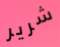
شرير